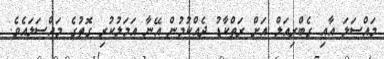
މައްސަލަ އާއި ގެބްރިއަލް އަށް ރަތްކާޑު ދެއްކުމުން އޭނާ އަމަލުކުރި ގޮތުގެ މައްސަލައެވެ.